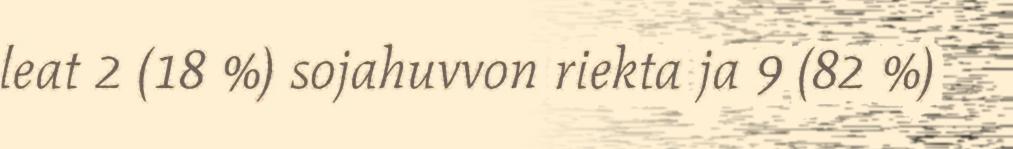
leat 2 (18 %) sojahuvvon riekta ja 9 (82 %)